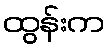
ထွန်းက